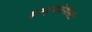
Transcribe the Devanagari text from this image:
इम्म्यूनोजेनेसिटी